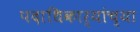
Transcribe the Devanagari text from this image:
पदाधिकार्‍यांच्या